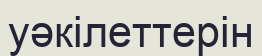
уәкілеттерін